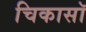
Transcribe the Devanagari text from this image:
चिकासॉ